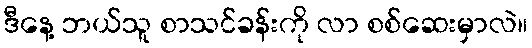
ဒီနေ့ ဘယ်သူ စာသင်ခန်းကို လာ စစ်ဆေးမှာလဲ။